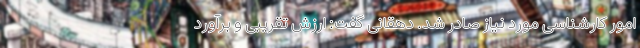
امور کارشناسی مورد نیاز صادر شد. دهقانی گفت: ارزش تقریبی و برآورد